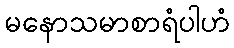
မနောသမာစာရံပါဟံ